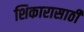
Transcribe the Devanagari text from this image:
शिकारासाठी